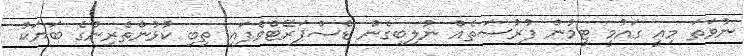
ނުވަތަ މިއީ ގައުމީ ޓީމުން ފުރުސަތެއް ނުލިބިގެން ޑެސްޕަރޭޓްވެފައި ތިބި ކުޅުންތެރިންގެ ބަޔަކު